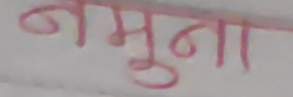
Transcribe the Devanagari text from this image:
नमूना